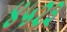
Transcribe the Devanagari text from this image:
४५२३